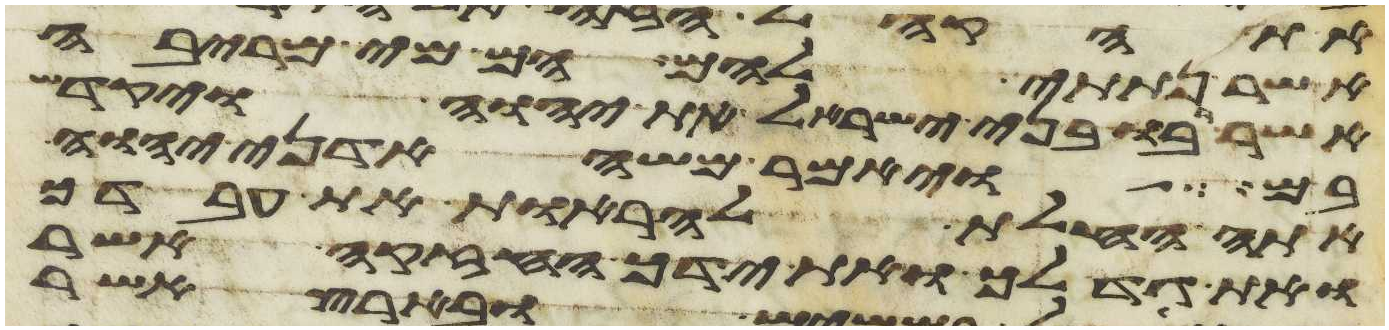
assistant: אשר נתתי להם הם מי מריבה
אשר רבו בני ישראל את יהוה ויקדש
בם ויאמר משה אדני יהוה
אתה החלת להראות את עבדך
את גדלך ואת ידך החזקה אשר